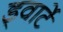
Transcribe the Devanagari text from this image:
ड्वार्टे